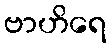
ဗာဟိရေ